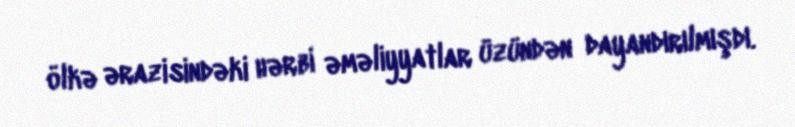
ölkə ərazisindəki hərbi əməliyyatlar üzündən dayandırılmışdı.